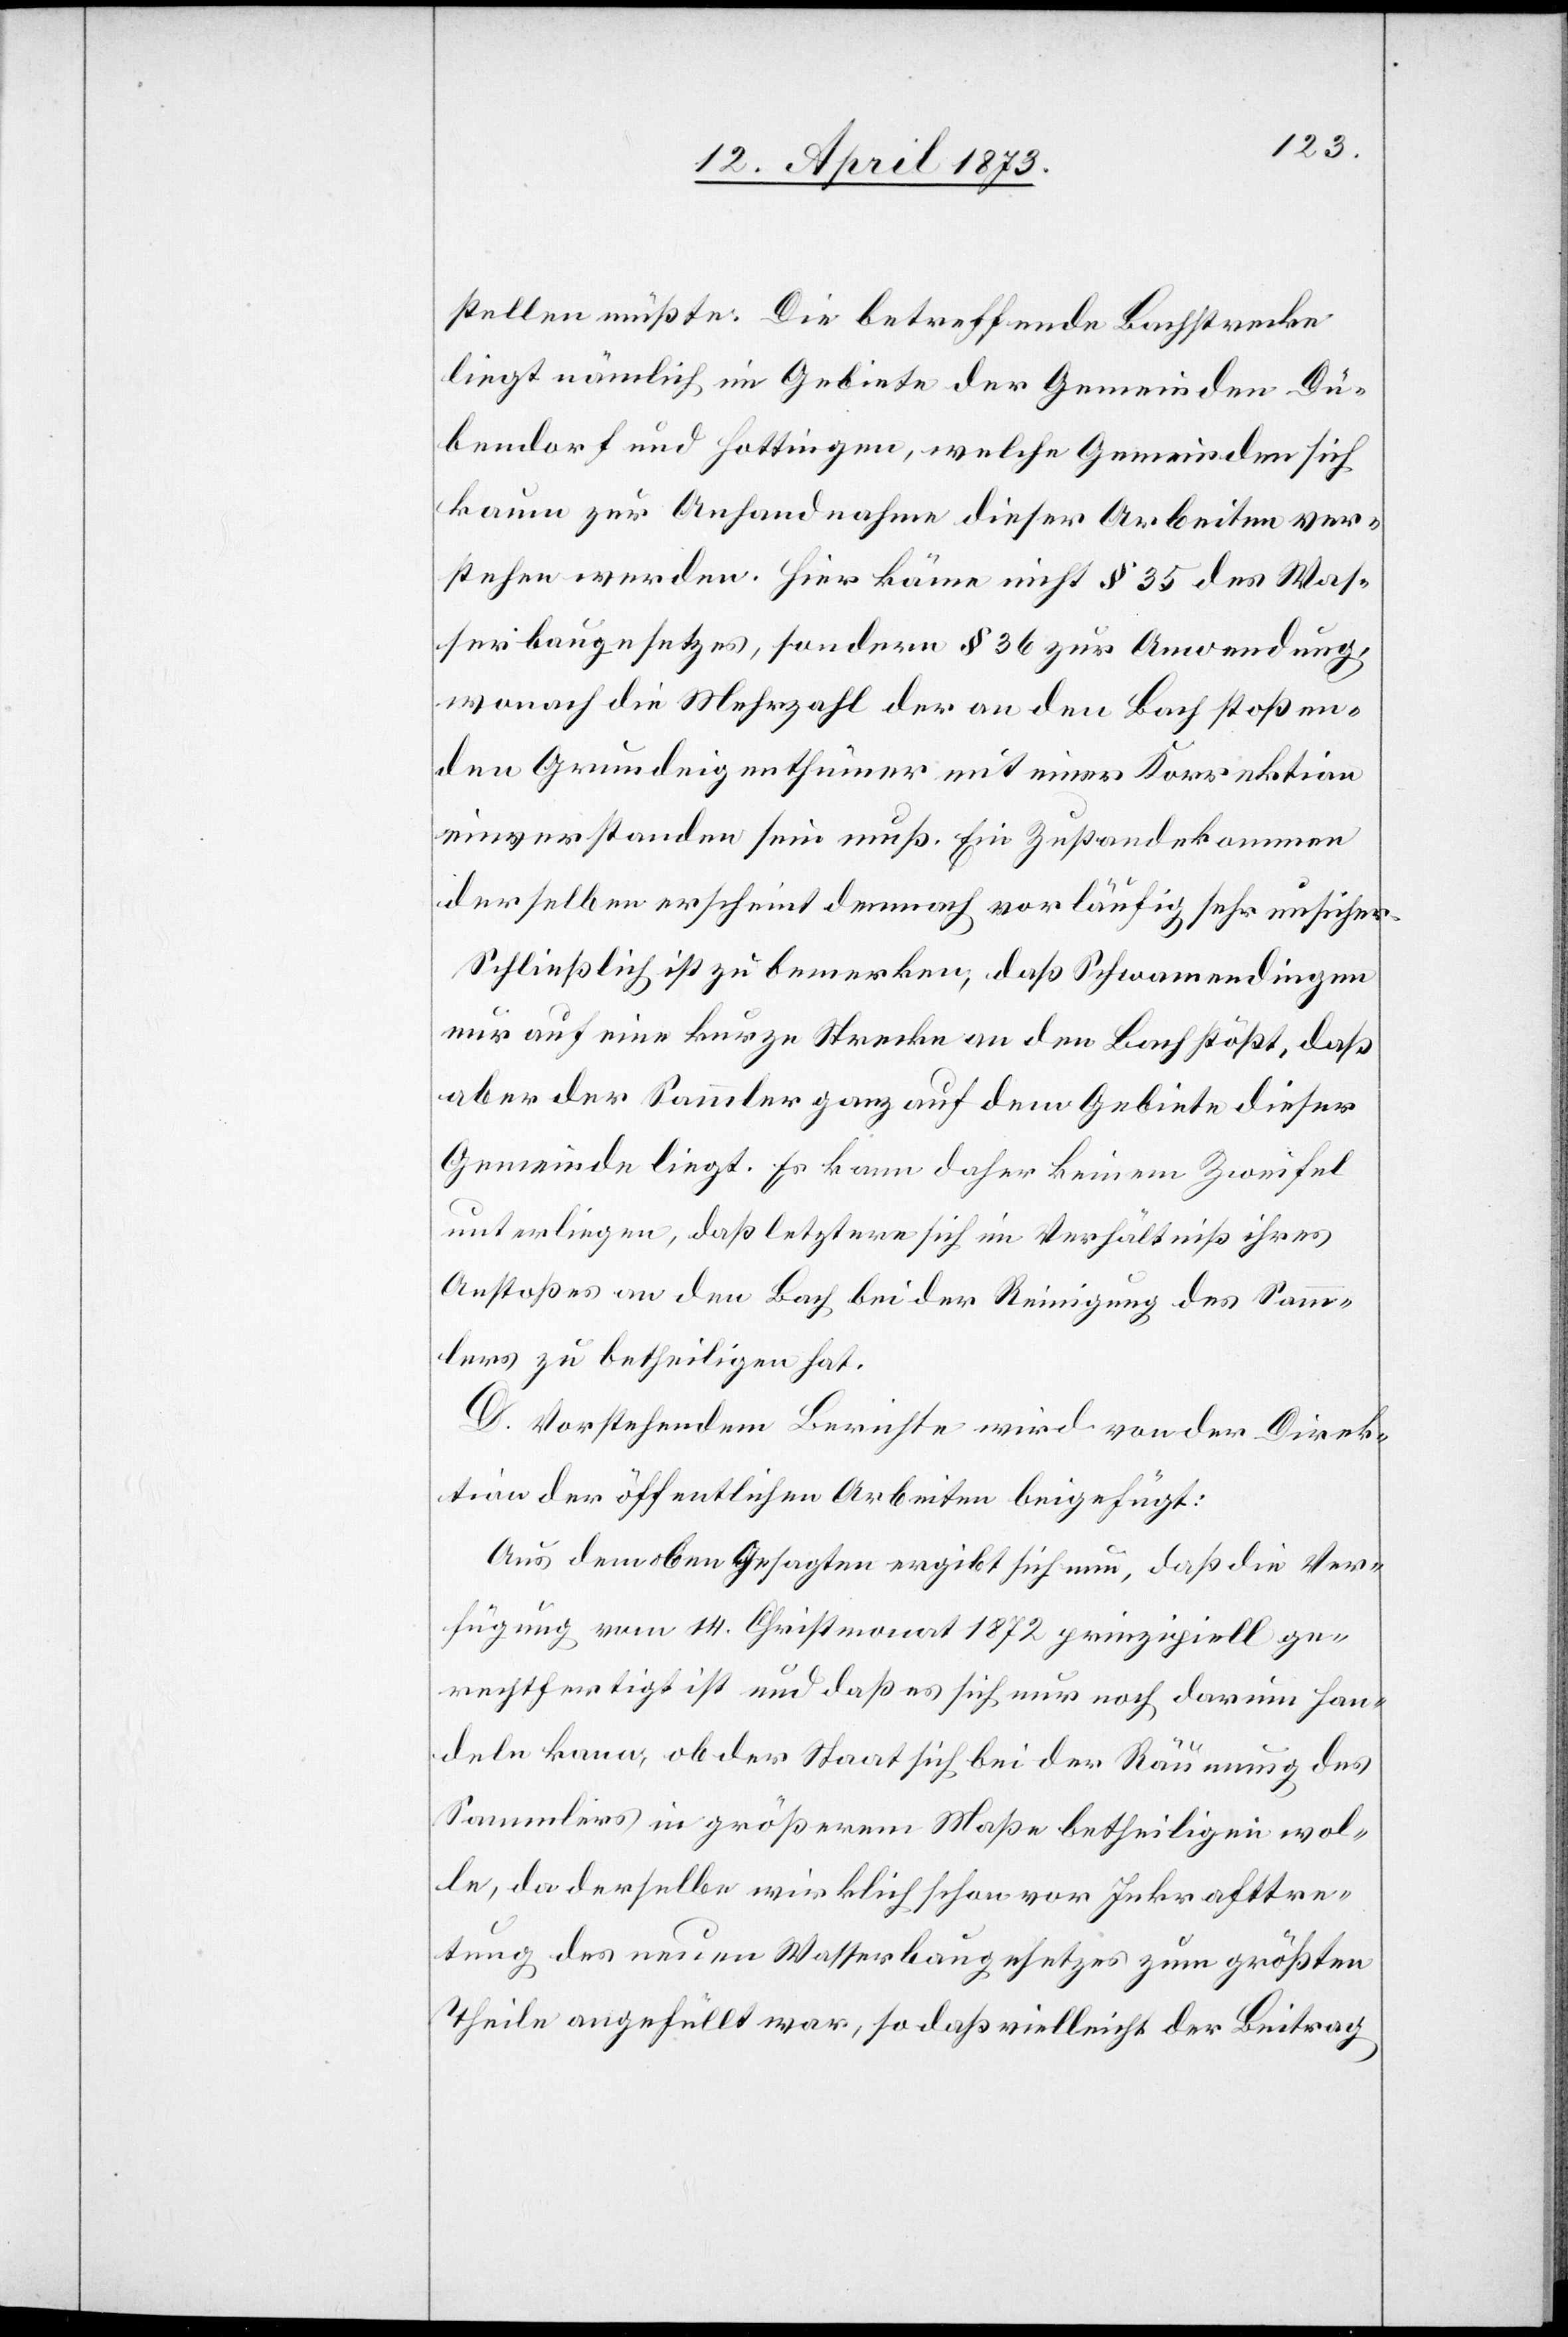
stellen müßte. Die betreffende Bachstrecke
liegt nämlich im Gebiete der Gemeinden Dü¬
bendorf und Hottingen, welche Gemeinden sich
kaum zur Anhandnahme dieser Arbeiten ver¬
stehen werden. Hier käme nicht § 35 des Was¬
serbaugesetzes, sondern § 36 zur Anwendung,
wonach die Mehrzahl der an den Bach stoßen¬
den Grundeigenthümer mit einer Korrektion
einverstanden sein muß. Ein Zustandekommen
derselben erscheint demnach vorläufig sehr unsicher.
Schließlich ist zu bemerken, daß Schwamendingen
nur auf eine kurze Strecke an den Bach stößt, daß
aber der Sammler ganz auf dem Gebiete dieser
Gemeinde liegt. Es kann daher keinem Zweifel
unterliegen, daß letztere sich im Verhältniß ihres
Anstoßes an den Bach bei der Reinigung des Samm¬
lers zu betheiligen hat.
D. Vorstehendem Berichte wird von der Direk¬
tion der öffentlichen Arbeiten beigefügt:
Aus dem oben Gesagten ergibt sich nun, daß die Ver¬
fügung vom 14. Christmonat 1872 prinzipiell ge¬
rechtfertigt ist und daß es sich nur noch darum han¬
deln kann, ob der Staat sich bei der Räumung des
Sammlers in größerem Maße betheiligen wol¬
le, da derselbe wirklich schon vor Inkrafttre¬
tung des neuen Wasserbaugesetzes zum größten
Theile angefüllt war, so daß vielleicht der Beitrag